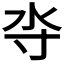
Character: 𰛋